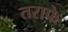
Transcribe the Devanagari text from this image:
तराफे